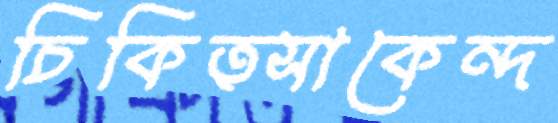
চিকিত্সাকেন্দ